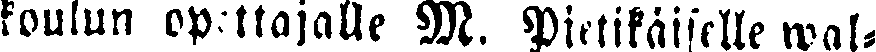
koulun opettajalle M. Pietikäiselle wal-